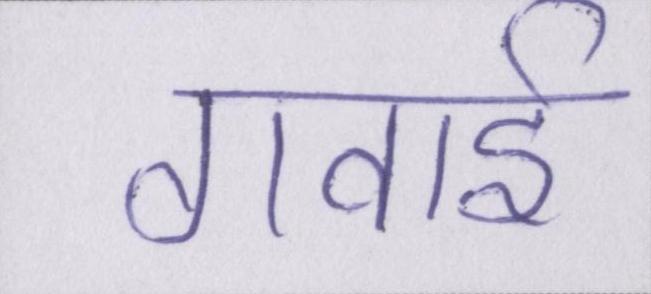
गवाई